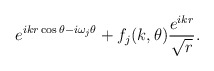
\begin{align*}e^{ikr\cos\theta-i\omega_j \theta} +f_j(k,\theta)\frac{e^{ikr}}{\sqrt{r}}.\end{align*}